Vaccination in the Punjab 1919-1929 - 1919-1929
Year: 1919
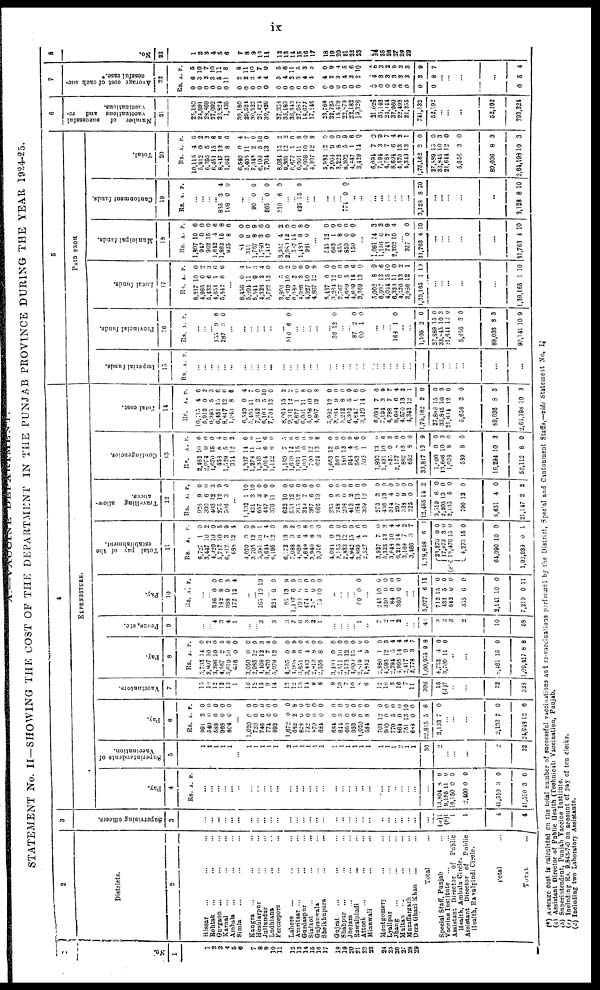
ix
A.—VACCINE
DEPARTMENT.
STATEMENT No. II—SHOWING THE COST OF THE DEPARTMENT IN THE PUNJAB PROVINCE DURING THE YEAR 1924-25.
1
No.
1
1
2
3
4
5
6
7
8
9
10
11
12
13
14
15
16
17
18
19
20
21
22
23
24
25
26
27
28
29
2
Districts.
2
Hissar ... ... ...
Rohtak ... ... ...
Gurgaon ... ... ...
Karnal ... ... ...
Ambala ... ... ...
Simla ... ... ...
Kangra
...
...
...
Ludhiana ... ... ...
Jullundur ... ... ...
Ludhiana ... ... ...
Ferozepore ... ... ...
Lahore ... ... ...
Amritsar ... ... ...
Gurdaspur
...
...
...
Sialkot ... ... ...
Gujranwala ... ... ...
Sheikhupura
...
...
...
Gujrat ... ... ...
Shahpur ... ... ...
Jhelum ... ... ...
Rawalpindi ... ... ...
Attock ... ... ...
Mianwali ... ... ...
Montgomery ... ... ...
Lyallpur ... ... ...
Jhang ... ... ...
Multan ... ... ...
Muzaffargarh ... ...
Dera Ghazi Khan ...
Total ...
Special Staff, Punjab ...
Vaccine Institute ... ...
Assistant Director of Public
Health, Ambala Circle.
Assistant
Director of
Public
Health, Rawalpindi Circle.
Total ...
TOTAL
...
3
Supervising officers.
3
...
...
...
...
...
...
...
...
...
...
...
...
...
...
...
...
...
...
...
...
...
...
...
...
...
...
...
...
...
...
(a)1
(b)1 1
1
4
4
4
EXPENDITURE.
Pay.
4
Rs.
A. P.
...
...
...
...
...
...
...
...
...
...
...
...
...
...
...
...
...
...
...
...
...
...
...
...
...
...
...
...
...
13,804
9,155
16,150
2,400
41,510
1,510
8
11
0
0
3
3
0
0
0
0
0
0
Superintendents of
Vaccination.
5
1
1
1
1
1
...
1
1
1
1
1
2
1
1
1
1
1
1
1
...
1
1
1
1
1
1
2
1
1
30
2
...
...
...
2
32 .
Pay.
6
Rs.
991
540
583
968
804
A.
3
0
0
0
0
P.
0
0
0
0
0
...
1,020
720
746
774
892
1,672
682
828
732
870
684
684
644
660
933
1,020
684
703
900
770
864
751
688
22,815
2,133
0
0
6
0
0
0
2
0
0
0
0
0
3
0
0
0
8
12
0
5
0
13
0
5
7
0
0
0
0
0
0
8
0
0
0
0
0
0
0
0
0
0
0
0
0
0
10
0
6
0
...
...
...
2,133
24,948
7
12
0
6
Vaccinators.
7
15
10
12
12
13
1
10
12
15
9
14
13
12
13
14
9
8
9
10
7
10
8
6
12
10
8
16
7
11
306
15
(d)7
...
...
22
328
Pay.
8
Rs.
5,735
2,907
3,396
4,567
5,619
516
3,050
2,985
1,469
3,870
5,079
4,505
4,968
3,651
3,413
2,813
2,556
3,400
2,511
2,173
4,009
2,819
1,842
2,980
4,095
2,794
4,995
2,417
2,778
1,00,955
4,752
3,709
A.
14
10
10
2
10
0
0
12
12
7
12
0
9
0
4
8
8
0
10
12
15
4
9
1
12
5
14
9
3
9
4
11
P.
0
2
0
5
6
0
0
9
3
4
0
0
9
0
8
0
0
0
0
0
0
0
0
0
3
4
4
4
7
8
0
0
...
...
8,461
1,09,417
15
8
0
8
Peons, etc.
9
...
... 4
3
4
1
...
... 3
... 3
3
7
6
3
2
1
...
...
...
...
1
...
2
2
1
2
...
...
46
3
2
3
2
10
58
Pay.
10
Rs. A. P.
...
... 336
182
388
172
0
8
9
12
0
0
3
4
...
...
165 10 10
... 224
95
1,487
190
474
217
75
0
13
6
5
0
0
10
0
9
9
0
0
0
0
...
...
...
... 60 0 0
...
243
330
84
360
10
0
0
0
0
0
0
0
...
...
5,077
712
433
642
353
2,141
7,219
6
15
5
0
6
10
0
11
0
0
0
0
0
11
Total pay of the
establishment.
11
Rs.
6,727
3,447
4,320
5,717
6,812
685
4,070
3,705
5,381
4,644
6,195
6,172
7,088
4,669
4,649
3,940
3,316
4,081
3,155
2,833
4,942
3,899
2,527
3,927
5,325
3,648
6,219
3,169
3,466
1,28,848
(c)
23,370
17,973
18,470
4,275
64,090
1,92,939
A.
1
10
10
10
3
12
0
12
13
7 12
13
3
6
4
8
2
0
13
12
15
4
1
7
12
10
14
7
3
6
9
3
15
15
10
0
P.
0
2
0
5
9
4
0
9
1
4
0
9
2
0
8
0
0
0
0
0
0
0
0
0
3
4
4
2
7
1
0
0
0
0
0
1
Travelling allow-
ances.
12
Rs.
925
390
403
275
508
A.
9
6
12
12
3
P.
0
0
3
9
0
...
1,132
421
657
447
376
622
553
315
349
367
866
235
248
208
413
384
309
273
436
314
297
538
225
12,495
3,519
2,205
2,135
790
8,651
21,147
1
3
3
8
11
10
12
12
7
6
13
0
3
0
2
13
12
3
13
4
0
9
0
14
6
13
5
12
4
2
10
10
0
0
0
0
6
0
0
0
0
0
0
0
0
0
0
0
0
0
0
0
0
2
0
0
0
0
0
2
Contingencies.
13
Rs.
2,462
2,074
1,070
453
1,529
354
1,337
1,276
1,303
1,014
1,132
1,169
1,659
1,691
1,003
700
624
1,653
560
180
945
563
593
1,893
1,431
825
2,177
862
652
33,817
1,000
13,666
1,038
589
16,294
50,112
A.
10
0
15
8
5
12
14
11
1
6
6
7
12
15
0
12
13
12
9
12
4
0
1
13
10
9
8
13
8
13
0
10
8
8
10
8
P.
6
0
0
4
9
2
6
0
11
6
0
5
6
0
0
0
8
0
0
0
9
6
0
0
6
3
0
0
6
9
0
3
0
0
3
0
Total cost.
14
Rs.
10,115
5,912
6,395
6,451
8,847
1,043
6,540
5,405
7,342
6,103
7,704
8,064
9,301
6,677
6,001
5,008
4,807
5,932
3,964
3,222
6,302
4,847
3,429
6,094
7,194
4,788
8,694
4,570
4,343
1,75,162
27,889
33,845
21,614
5,656
89,036
2,64,198
A.
4
0
5
15
12
8
0
11
2
5
13
15
12
1
11
10
12
12
9
8
5
1
14
7
3
7
6
13
12
2
15
10
12
3
8
10
P.
6
2
3
6
6
6
4
7
0
10
0
2
2
0
8
0
8
0
0
0
9
6
0
0
9
7
4
2
1
0
0
3
0
0
3
3
5
PAID FROM
Imperial funds.
15
Rs. A. P.
...
...
...
...
... ...
...
...
...
... ...
...
...
...
... ...
...
...
...
...
...
...
...
...
...
...
...
...
...
...
...
...
...
...
...
...
Provincial funds.
16
Rs. A. P.
...
...
... 155
287
9
3 6
0
...
...
...
...
...
...
...
310 6 0
...
...
...
...
...
36 12 0
...
... 87
60
2
1
0
0
...
...
... 168 1 0
...
...
1,105
27,889
33,845
21,644
5,656
89,036
90,141
2
15
10
12
3
8
10
6
0
3
0
0
3
9
Local funds.
17
Rs.
8,217
4,965
5,432
4,654
5,842
A.
10
0
6
1
6
P.
0
2
3
6
6
...
6,456
5,094
5,544
4,326
5,722
3,803
6,010
6,089
4,086
4,027
4,807
5,437
3,264
2,767
4,669
4,609
3,369
5,002
6,037
4,044
6,323
4,570
3,986
1,39,165
0
11
9
2
13
5
10
3
3
10
12
0
12
0
5
15
13
8
13
15
11
13
12
1
4
7
3
4
0
0
2
0
6
0
8
0
0
0
9
6
0
9
6
10
0
2
1
10
...
...
...
...
...
1,39,165 1 10
Municipal funds.
18
Rs.
1,897
947
962
1,642
1,862
935
84
311
1,707
1,780
1,417
3,951
2,980
587
1,489
981
A.
10
0
15
4
15
8
0
0
8
3
0
4
12
14
8
0
P.
6
0
0
6
8
6
0
0
9
6
0
2
0
0
8
0
...
545
663
455
859
150
12
1
8
0
0
0
0
0
0
0
...
1,091
1,156
743
2,202
14
6
7
10
3
3
9
4
... 357
31,763
0
4
0
10
...
...
...
...
...
31,763 4 10
Cantonment funds.
19
Rs. A. P.
...
...
... ...
855
108
3
0
4
0
...
... 90 0 0
... 565
310
0
6
0
0
...
... 425 15 6
...
...
...
...
... 774 0 0
...
...
...
...
...
...
... ...
3,128 8 10
...
...
...
...
...
3,128 8 10
Total.
20
Rs.
10,115
5,912
6,395
6,451
8,847
1,043
6,540
5,405
7,342
6,106
7,704
8,064
9,301
6,677
6,001
5,008
4,807
5,982
3,964
3,222
6,302
4,847
3,429
6,094
7,194
4,783
8,694
4,570
4,343
1,75,162
27,889
33,845
21,644
5,656
89,036
2,64,198
A.
4
0
5
15
12
8
0
11
2 5
13
15
12
1
11
10
12
12
9
8
5
1
14
7
3
7
6
13
12
2
15
10
12
3
8
10
P.
6
2
3
6
6
6
4
7
0
10
0
2
2
0
8
0
8
0
0
0
9
6
0
0
9
7
4
2
1
0
0
3
0
0
3
3
6
Number of
successful
vaccinations and re¬
vaccinations.
21
25,182
24,591
28,869
27,092
23,824
1,435
39,180
29,524
30,522
21,424
30,826
37,338
33,189
36,543
27,987
18,677
17,145
23,769
22,725
15,479
22,879
22,182
19,326
21,026
35,146
24,444
37,080
22,492
21,255
741,132
52,192
... ...
...
52,192
793,324
7
Average cost of each suc¬
cessful case.*
22
Rs
0
0
0
0
0
0
0
0
0
0
0
0
0
0
0
0
0
0
0
0
0
0
0
0
0
0
0
0
0
0
0
. A.
6
3
3
3
5
11
2
2
3
4
4
3
4
2 3
4
4
4
2
3
4
3
2
4
3
3
3
3
3
3
8
P.
5
10
7
10
11
8
8
11
10
7
0
5
6
11 5
3 3
0
9
4
5
6
10
8
3
2
9
3
3
9
7
...
...
...
...
0 5 4
8
No.
23
1
2
3
4
5
6
7
8
9
10
11
12
13
14
15
16
17
18
19
20
21
22
23
24
25
26
27
28
29
(*) Average cost is calculated on the total number of Successful vaccinations and re-vaccinations performed by the District, Special and Cantonment Staffs,—vide Statement No. I.
(a) Assistant Director of Public Health (Technical) Vaccination, Punjab.
(b) Superintendent, Punjab Vaccine Institute.
(c) Including Rs. 9,843-7-0 on account of pay of ten clerks.
(d) Including two Laboratory Assistants.